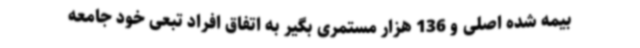
بیمه شده اصلی و 136 هزار مستمری بگیر به اتفاق افراد تبعی خود جامعه